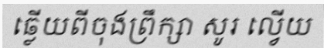
ឆ្លើយពីចុងព្រឹក្សា សូរ ល្វើយ